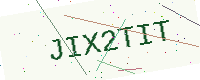
Text: JIX2TIT